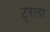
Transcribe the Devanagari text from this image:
टूरला